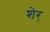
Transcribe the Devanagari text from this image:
शेर्